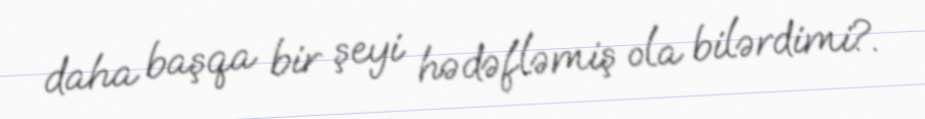
daha başqa bir şeyi hədəfləmiş ola bilərdimi?.